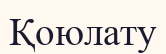
Қоюлату